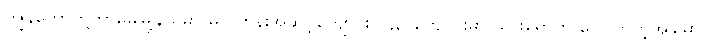
ကျွန်တော်တို့တာမွေမြို့နယ်မှာ မူလတန်းအဆင့်ကျောင်း (၄၃)ကျောင်းမှာ သွားရောက် လေ့လာတဲ့အခါမှာ